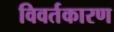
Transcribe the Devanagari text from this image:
विवर्तकारण